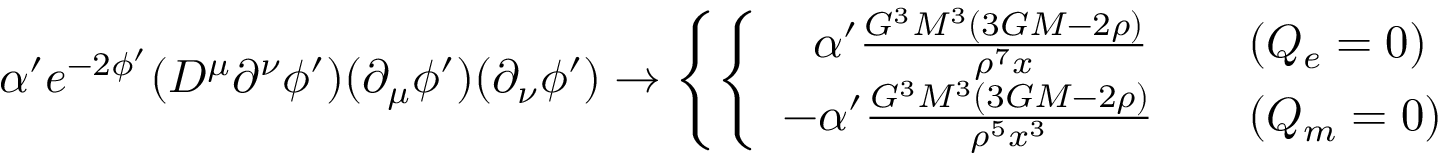
\alpha ^ { \prime } e ^ { - 2 \phi ^ { \prime } } ( D ^ { \mu } \partial ^ { \nu } \phi ^ { \prime } ) ( \partial _ { \mu } \phi ^ { \prime } ) ( \partial _ { \nu } \phi ^ { \prime } ) \rightarrow \left\{ \left\{ \begin{array} { l l } { { ~ ~ \alpha ^ { \prime } \frac { G ^ { 3 } M ^ { 3 } ( 3 G M - 2 \rho ) } { \rho ^ { 7 } x } ~ ~ ~ } } & { { ( Q _ { e } = 0 ) } } \\ { { - \alpha ^ { \prime } \frac { G ^ { 3 } M ^ { 3 } ( 3 G M - 2 \rho ) } { \rho ^ { 5 } x ^ { 3 } } ~ ~ ~ } } & { { ( Q _ { m } = 0 ) } } \end{array} \right. \right.